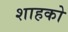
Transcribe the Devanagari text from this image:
शाहको